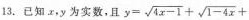
13.已知x，y为实数，且$$y= \sqrt{4x-1}+ \sqrt{1-4x}+$$